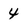
Character: 4